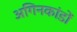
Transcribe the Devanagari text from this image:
अगिनकांडों